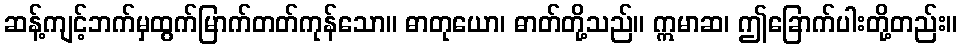
ဆန့်ကျင့်ဘက်မှထွက်မြာက်တတ်ကုန်သော။ ဓာတုယော၊ ဓာတ်တို့သည်။ ဣမာဆ၊ ဤခြောက်ပါးတို့တည်း။